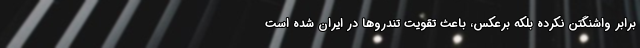
برابر واشنگتن نکرده بلکه برعکس، باعث تقویت تندروها در ایران شده است